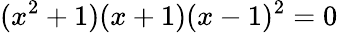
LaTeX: (x^{2}+1)(x+1)(x-1)^{2}=0